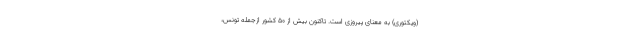
(ویکتوری) به معنای پیروزی است. تاکنون بیش از ۵۰ کشور ازجمله تونس،